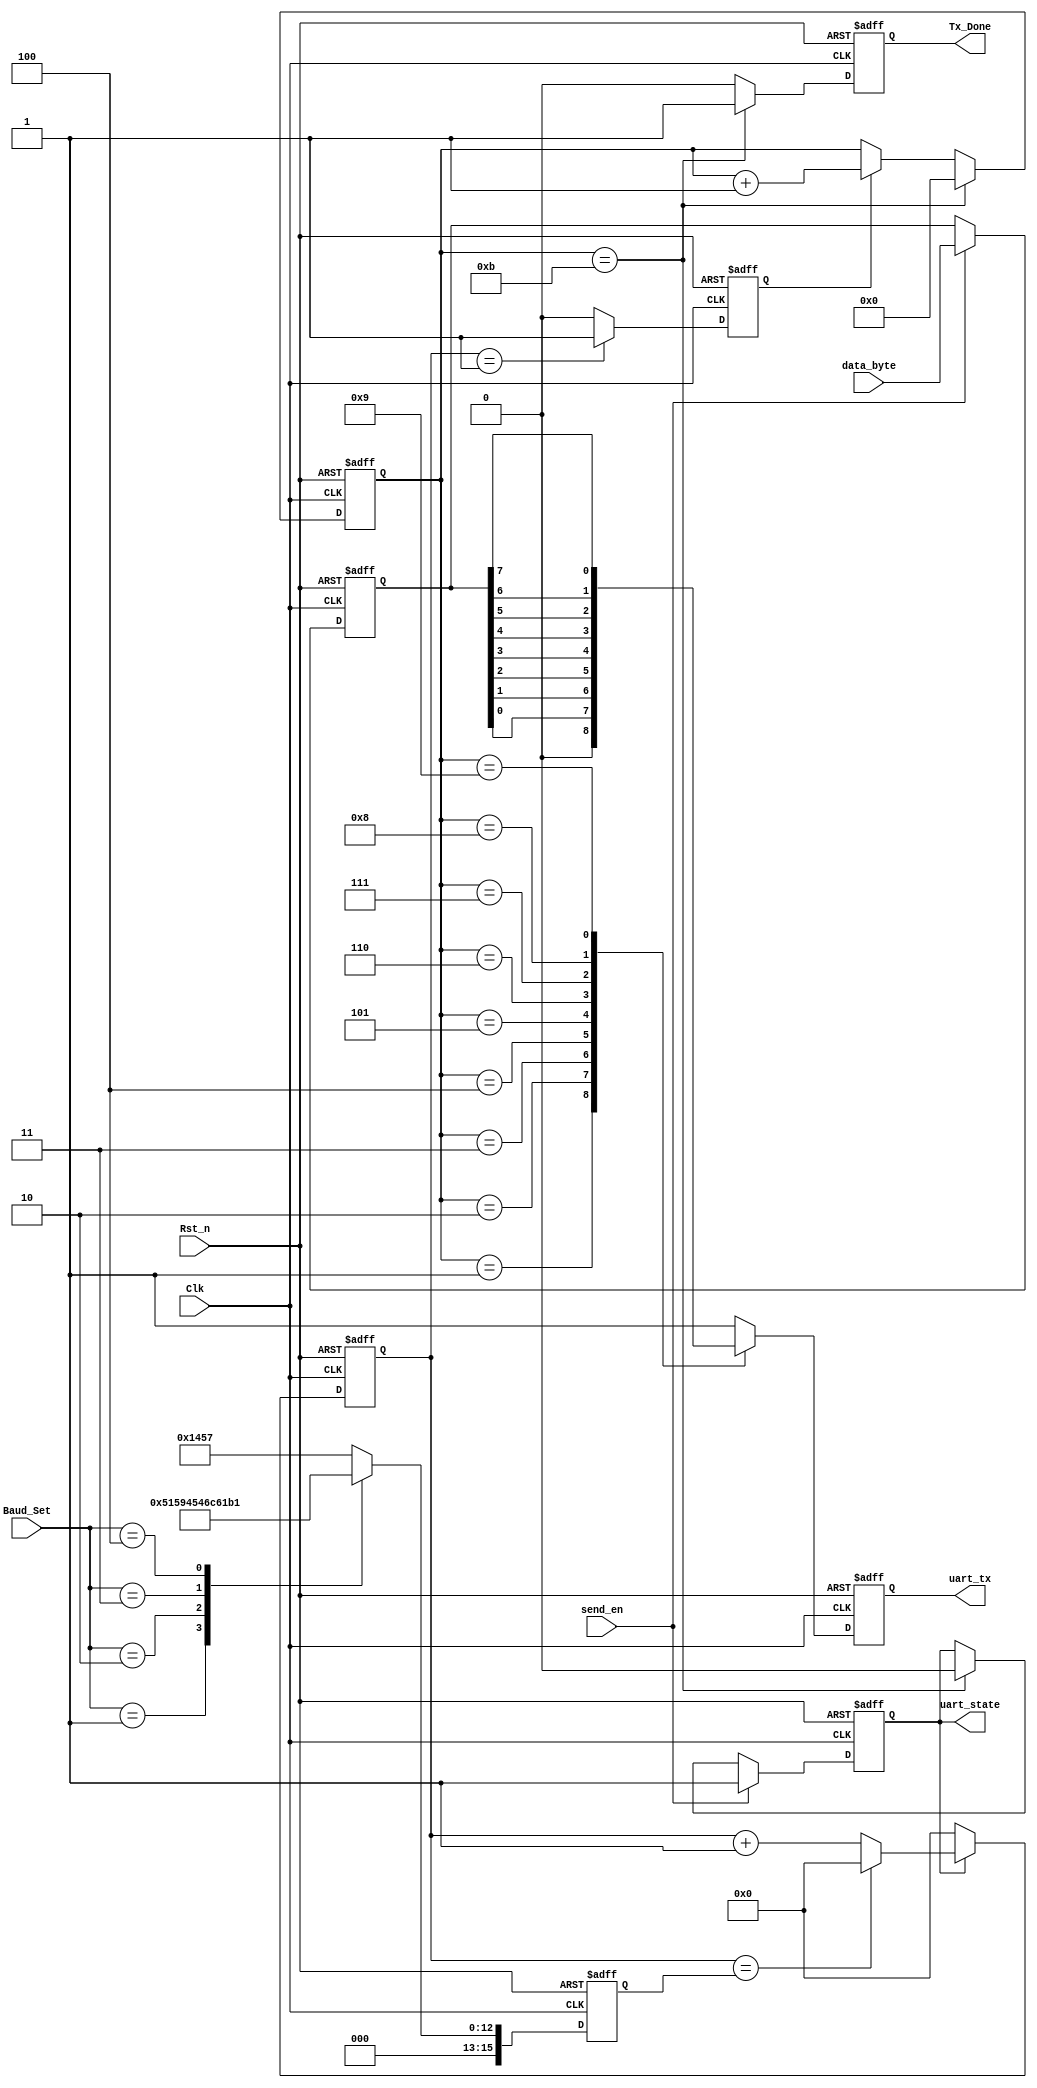
//*************************************************************************
//*   ASIC Fresh Board
//*   UART2I2C                                                      
//*  File : uart_byte_tx.v                                                 
//*  Author: Abdelazeem                                                   *
//*  Revision 0.1                                                         *
//*  Date     2024/01/26                                                  *   
//*  Email : a.abdelazeem201@gmail.com                                   *
//***********************************************************************
`timescale 1ns/1ns

module uart_byte_tx(
	Clk,
	Rst_n,
  
	data_byte,
	send_en,   
	Baud_Set,  
	
	uart_tx,  
	Tx_Done,   
	uart_state 
);

	input Clk ;     
	input Rst_n;     
	input [7:0]data_byte;   
	input send_en;     
	input [2:0]Baud_Set;    
	
	output reg uart_tx;     
	output reg Tx_Done;    
	output reg uart_state;  

	localparam START_BIT = 1'b0;
	localparam STOP_BIT = 1'b1; 
	
	reg bps_clk;	      
	reg [15:0]div_cnt;       
	reg [15:0]bps_DR;        
	reg [3:0]bps_cnt;      
	reg [7:0]data_byte_reg; 
	
	always@(posedge Clk or negedge Rst_n)
	if(!Rst_n)
		uart_state <= 1'b0;
	else if(send_en)
		uart_state <= 1'b1;
	else if(bps_cnt == 4'd11)
		uart_state <= 1'b0;
	else
		uart_state <= uart_state;
	
	always@(posedge Clk or negedge Rst_n)
	if(!Rst_n)
		data_byte_reg <= 8'd0;
	else if(send_en)
		data_byte_reg <= data_byte;
	else
		data_byte_reg <= data_byte_reg;
	
	always@(posedge Clk or negedge Rst_n)
	if(!Rst_n)
		bps_DR <= 16'd5207;
	else begin
		case(Baud_Set)
			0:bps_DR <= 16'd5207;
			1:bps_DR <= 16'd2603;
			2:bps_DR <= 16'd1301;
			3:bps_DR <= 16'd867;
			4:bps_DR <= 16'd433;
			default:bps_DR <= 16'd5207;			
		endcase
	end	
	
 
	always@(posedge Clk or negedge Rst_n)
	if(!Rst_n)
		div_cnt <= 16'd0;
	else if(uart_state)begin
		if(div_cnt == bps_DR)
			div_cnt <= 16'd0;
		else
			div_cnt <= div_cnt + 1'b1;
	end
	else
		div_cnt <= 16'd0;
	
 
	always@(posedge Clk or negedge Rst_n)
	if(!Rst_n)
		bps_clk <= 1'b0;
	else if(div_cnt == 16'd1)
		bps_clk <= 1'b1;
	else
		bps_clk <= 1'b0;
	
 
	always@(posedge Clk or negedge Rst_n)
	if(!Rst_n)	
		bps_cnt <= 4'd0;
	else if(bps_cnt == 4'd11)
		bps_cnt <= 4'd0;
	else if(bps_clk)
		bps_cnt <= bps_cnt + 1'b1;
	else
		bps_cnt <= bps_cnt;
		
	always@(posedge Clk or negedge Rst_n)
	if(!Rst_n)
		Tx_Done <= 1'b0;
	else if(bps_cnt == 4'd11)
		Tx_Done <= 1'b1;
	else
		Tx_Done <= 1'b0;
		
	always@(posedge Clk or negedge Rst_n)
	if(!Rst_n)
		uart_tx <= 1'b1;
	else begin
		case(bps_cnt)
			0:uart_tx <= 1'b1;
			1:uart_tx <= START_BIT;
			2:uart_tx <= data_byte_reg[0];
			3:uart_tx <= data_byte_reg[1];
			4:uart_tx <= data_byte_reg[2];
			5:uart_tx <= data_byte_reg[3];
			6:uart_tx <= data_byte_reg[4];
			7:uart_tx <= data_byte_reg[5];
			8:uart_tx <= data_byte_reg[6];
			9:uart_tx <= data_byte_reg[7];
			10:uart_tx <= STOP_BIT;
			default:uart_tx <= 1'b1;
		endcase
	end	

endmodule